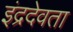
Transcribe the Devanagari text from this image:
इंद्रदेवता